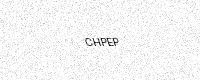
Text: CHPEP